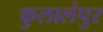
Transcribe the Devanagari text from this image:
कुलालंपुर